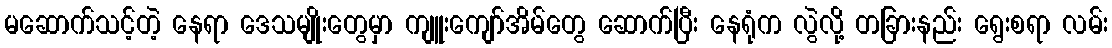
မဆောက်သင့်တဲ့ နေရာ ဒေသမျိုးတွေမှာ ကျူးကျော်အိမ်တွေ ဆောက်ပြီး နေရုံက လွဲလို့ တခြားနည်း ရွေးစရာ လမ်း